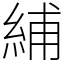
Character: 䋠